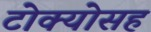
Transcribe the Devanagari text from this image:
टोक्योसह